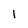
Character: I